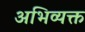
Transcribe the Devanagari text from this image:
अभिव्‍यक्त